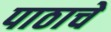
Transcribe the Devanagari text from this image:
पाठाचे